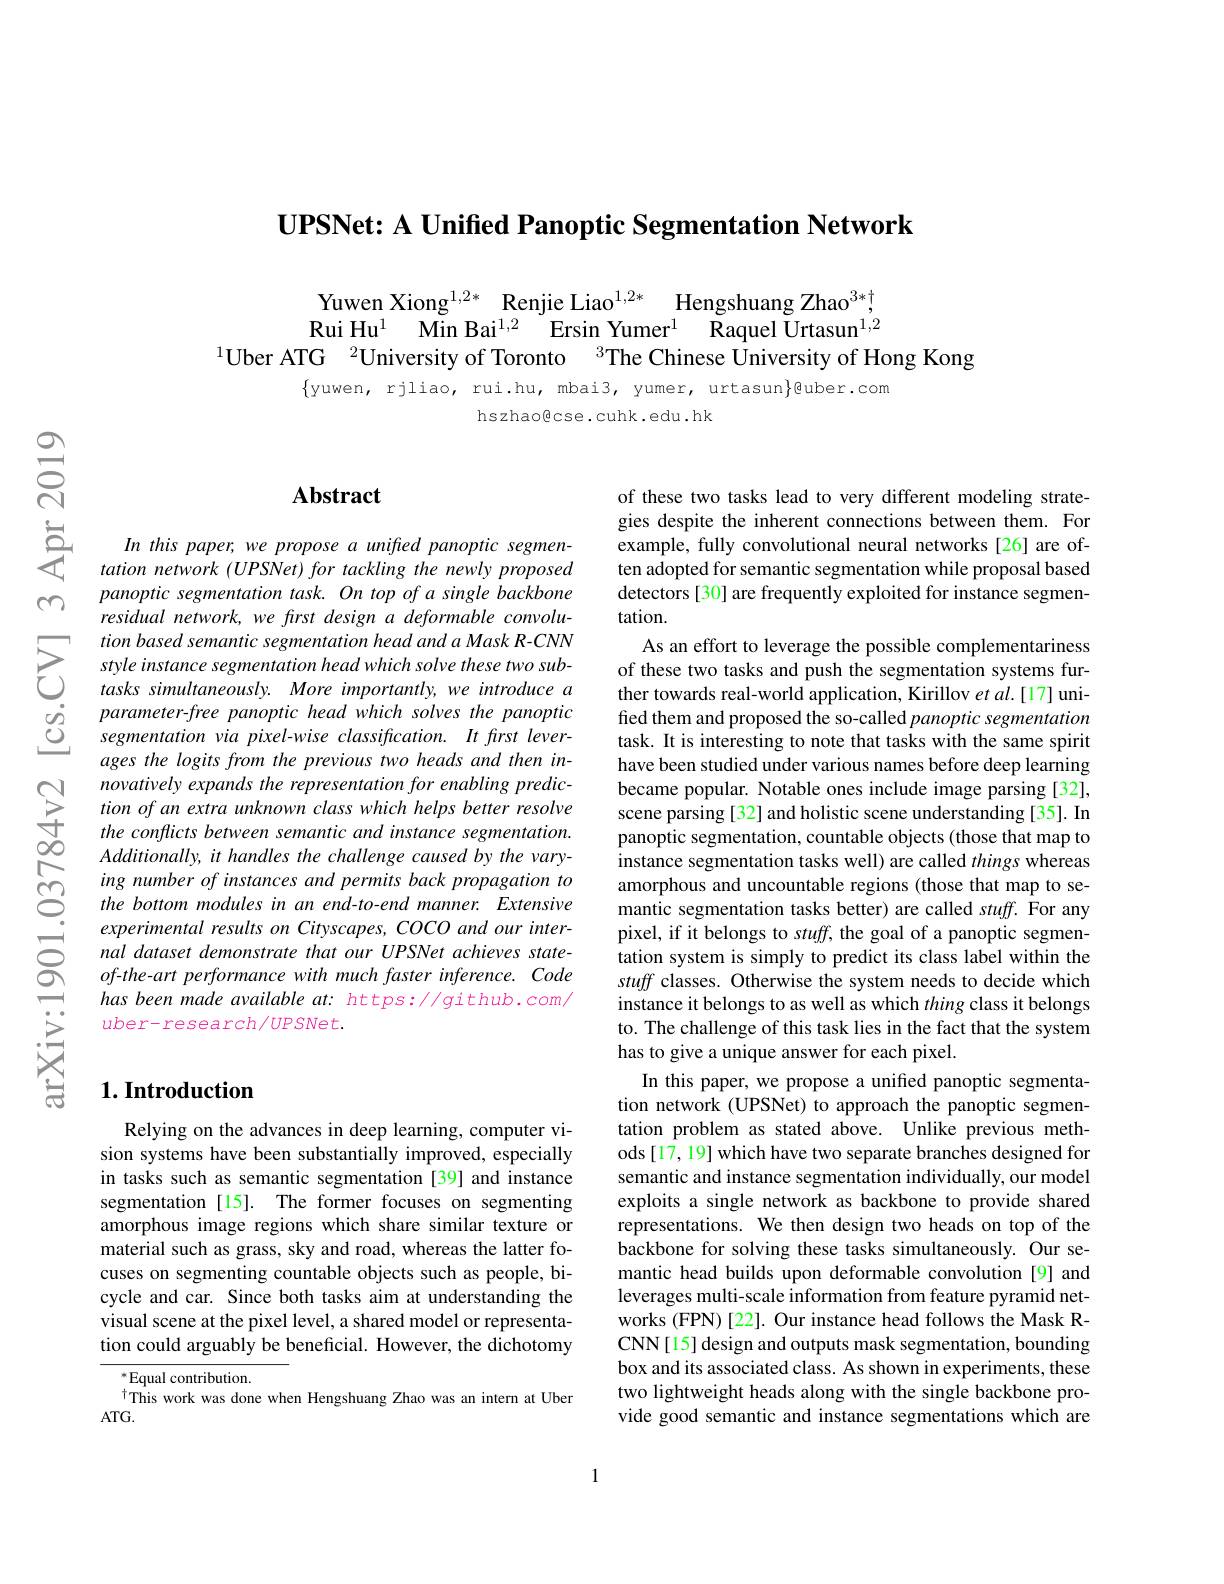
UPSNet: A Unified Panoptic Segmentation Network

Yuwen Xiong$^{1,2*}$ Renjie Rui Hu$^1$ $\text{Min Bai}^{1, 2}$ E
$^{1}$Uber ATG $^{2}$Univers

$\{$yuwen, rjliao, rui.hu, mbai3, yumer, urtasun}guber.com
hszhaogcse.cuhk.edu.hk

## Abstract

In this paper, we propose a unified panoptic segmentation network (UPSNet) for tackling the newly proposed panoptic segmentation task. On top of a single backbone residual network, we first design a deformable convolu-
$\sum\begin{array}{ll}&tionbased&semantic&s\end{array}$
ages the logits from the previous two heads and then innovatively expands the representation for enabling prediction of an extra unknown class which helps better resolve the conflicts between semantic and instance segmentation
$\infty$Additionally, it handles the challenge caused by the vary- ins
experimental results on Cityscapes, COCO and our internal dataset demonstrate that our UPSNet achieves stateof-the-art performance with much faster inference. Code has been made available at: https: //github.com/ uber-research/UPSNet.

## $1. \textbf{Introduction}$

Relying on the advances in deep learning, computer vision systems have been substantially improved, especially in tasks such as semantic segmentation [39] and instance segmentation [15]. The former focuses on segmenting amorphous image regions which share similar texture or material such as grass, sky and road, whereas the latter focuses on segmenting countable objects such as people, bicycle and car. Since both tasks aim at understanding the visual scene at the pixel level, a shared model or representation could arguably be beneficial. However, the dichotomy

$^*$Equal contribution.
This work was done when Hengshuang Zhao was an intern at Uber
$ATG.$

of these two tasks lead to very different modeling strategies despite the inherent connections between them. For example, fully convolutional neural networks [26] are often adopted for semantic segmentation while proposal based detectors [30] are frequently exploited for instance segmentation.
As an effort to leverage the possible complementariness of these two tasks and push the segmentation systems further towards real-world application, Kirillov et al.[17] unified them and proposed the so-called panoptic segmentation task. It is interesting to note that tasks with the same spirit have been studied under various names before deep learning became popular. Notable ones include image parsing [32], scene parsing [32] and holistic scene understanding [35]. In panoptic segmentation, countable objects (those that map to pixel, if it belongs to stuff, the goal of a panoptic segmentation system is simply to predict its class label within the stuff classes. Otherwise the system needs to decide which instance it belongs to as well as which thing class it belongs to. The challenge of this task lies in the fact that the system has to give a unique answer for each pixel.
In this paper, we propose a unified panoptic segmentation network (UPSNet) to approach the panoptic segmentation problem as stated above. Unlike previous methods [17, 19] which have two separate branches designed for semantic and instance segmentation individually, our model exploits a single network as backbone to provide shared representations. We then design two heads on top of the backbone for solving these tasks simultaneously. Our semantic head builds upon deformable convolution [9] and leverages multi-scale information from feature pyramid networks (FPN)[22]. Our instance head follows the Mask RCNN[15] design and outputs mask segmentation, bounding box and its associated class. As shown in experiments, these two lightweight heads along with the single backbone provide good semantic and insta

1